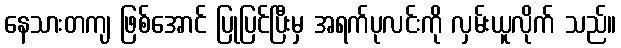
နေသားတကျ ဖြစ်အောင် ပြုပြင်ပြီးမှ အရက်ပုလင်းကို လှမ်းယူလိုက် သည်။